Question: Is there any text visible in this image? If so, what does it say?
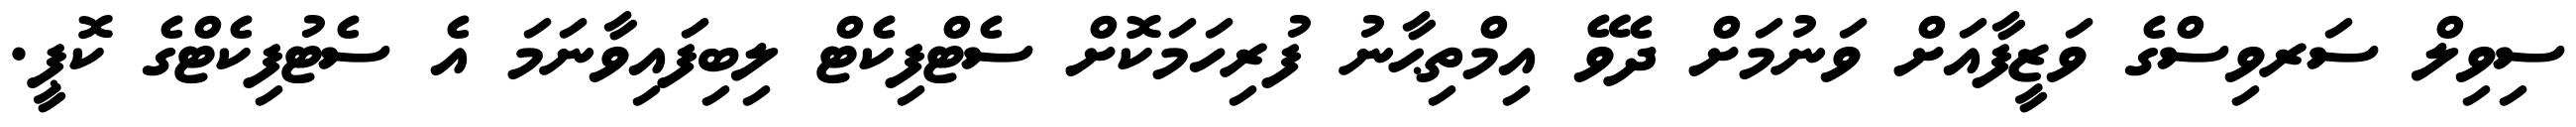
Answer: ސިވިލް ސަރވިސްގެ ވަޒީފާއަށް ވަނުމަށް ދެވޭ އިމްތިޙާނު ފުރިހަމަކޮށް ސެޓްފިކެޓް ލިބިފައިވާނަމަ އެ ސެޓުފިކެޓްގެ ކޮޕީ.